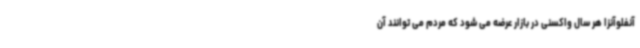
آنفلوآنزا هر سال واکسنی در بازار عرضه می شود که مردم می توانند آن